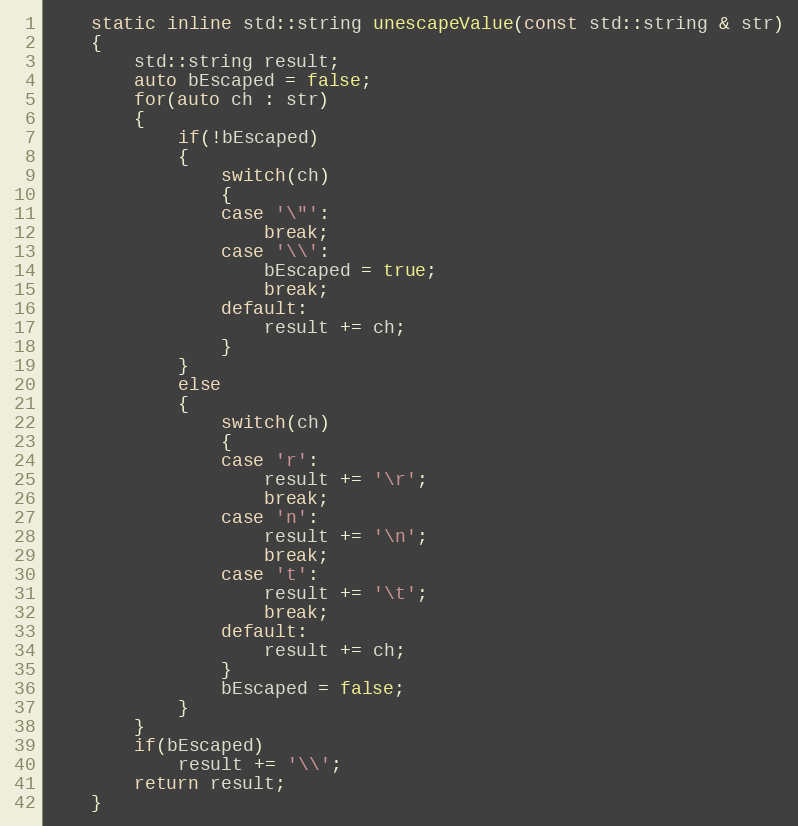
Language: C
    static inline std::string unescapeValue(const std::string & str)
    {
        std::string result;
        auto bEscaped = false;
        for(auto ch : str)
        {
            if(!bEscaped)
            {
                switch(ch)
                {
                case '\"':
                    break;
                case '\\':
                    bEscaped = true;
                    break;
                default:
                    result += ch;
                }
            }
            else
            {
                switch(ch)
                {
                case 'r':
                    result += '\r';
                    break;
                case 'n':
                    result += '\n';
                    break;
                case 't':
                    result += '\t';
                    break;
                default:
                    result += ch;
                }
                bEscaped = false;
            }
        }
        if(bEscaped)
            result += '\\';
        return result;
    }